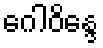
ဂေါဝိန္ဒေ